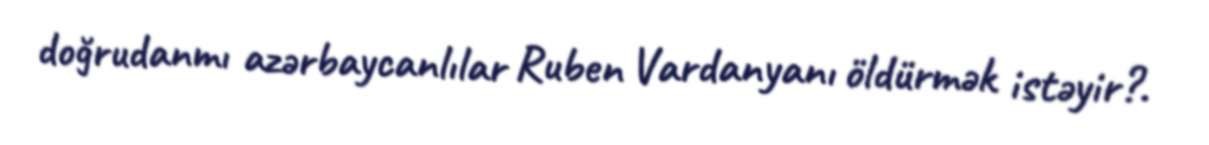
doğrudanmı azərbaycanlılar Ruben Vardanyanı öldürmək istəyir?.